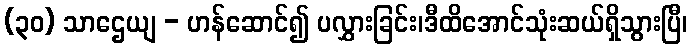
(၃၀) သာဌေယျ - ဟန်ဆောင်၍ ပလွှားခြင်း၊ဒီထိအောင်သုံးဆယ်ရှိသွားပြီ၊